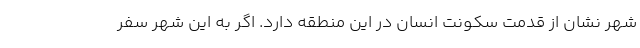
شهر نشان از قدمت سکونت انسان در این منطقه دارد. اگر به این شهر سفر